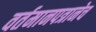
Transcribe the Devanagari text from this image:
वर्तमानपत्रानेच